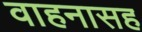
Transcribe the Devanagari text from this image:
वाहनासह